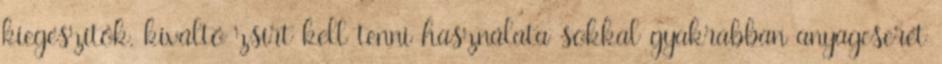
kiegészítők, kiváltó zsírt kell tenni használata sokkal gyakrabban anyagcserét